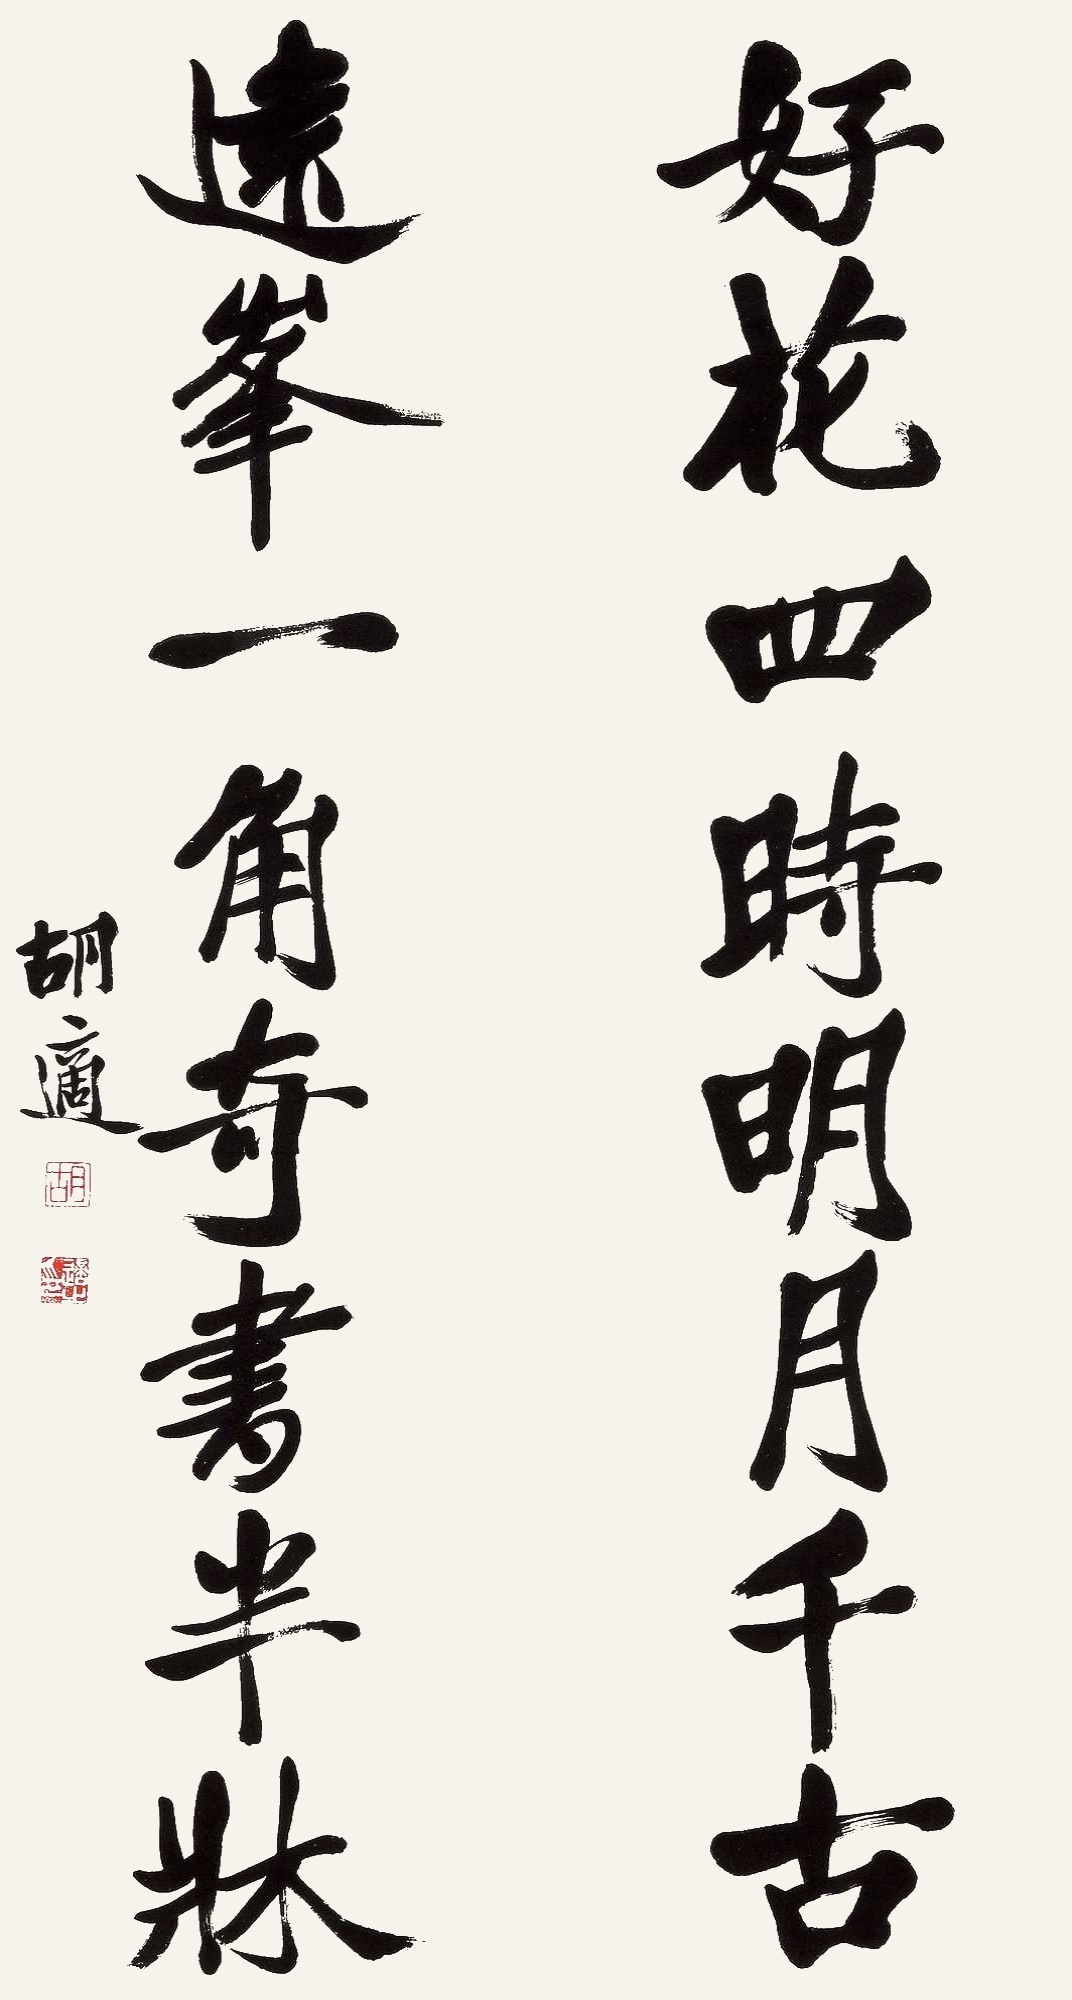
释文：好花四时明月千古，远峰一角奇书半床。胡适。